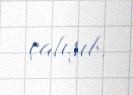
çalışıb.